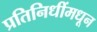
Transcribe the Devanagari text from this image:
प्रतिनिधींमधून